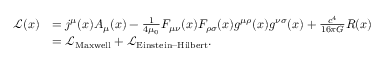
{ \begin{array} { r l } { { \mathcal { L } } ( x ) } & { = j ^ { \mu } ( x ) A _ { \mu } ( x ) - { \frac { 1 } { 4 \mu _ { 0 } } } F _ { \mu \nu } ( x ) F _ { \rho \sigma } ( x ) g ^ { \mu \rho } ( x ) g ^ { \nu \sigma } ( x ) + { \frac { c ^ { 4 } } { 1 6 \pi G } } R ( x ) } \\ & { = { \mathcal { L } } _ { \mathrm { M a x w e l l } } + { \mathcal { L } } _ { \mathrm { E i n s t e i n – H i l b e r t } } . } \end{array} }